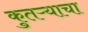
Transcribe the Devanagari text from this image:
कुतऱ्याचा